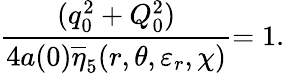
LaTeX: \frac{(q_{0}^{2}+Q_{0}^{2})}{4a(0)\overline{{{\eta}}}_{5}(r,\theta,\varepsilon_{r},\chi)}{=1.}